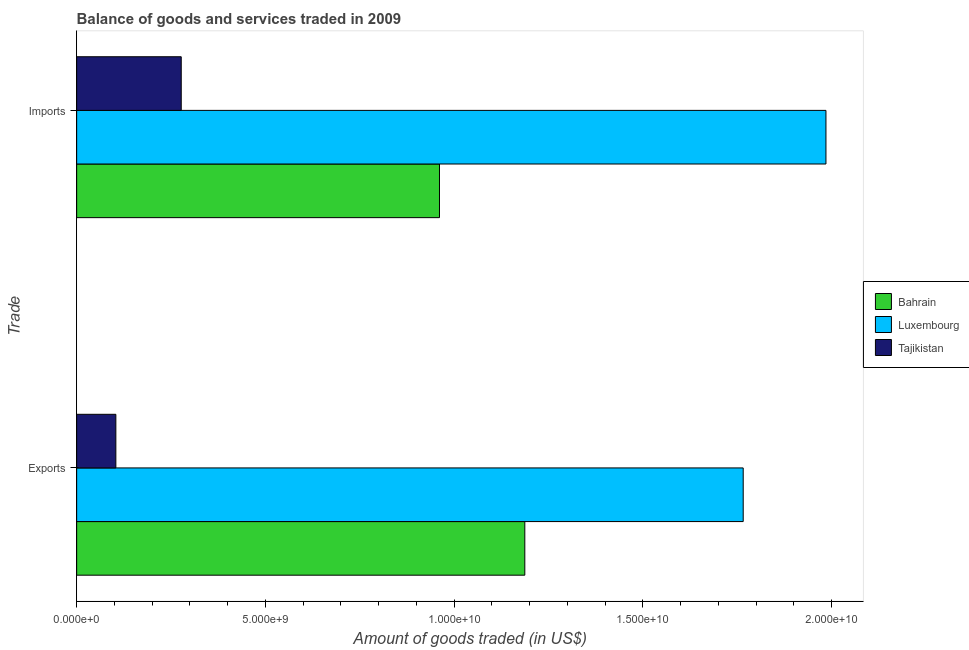
| Trade | Bahrain | Luxembourg | Tajikistan |
 | --- | --- | --- | --- |
 | Exports | 1.19e+10 | 1.77e+10 | 1.04e+09 |
 | Imports | 9.61e+09 | 1.99e+10 | 2.77e+09 |